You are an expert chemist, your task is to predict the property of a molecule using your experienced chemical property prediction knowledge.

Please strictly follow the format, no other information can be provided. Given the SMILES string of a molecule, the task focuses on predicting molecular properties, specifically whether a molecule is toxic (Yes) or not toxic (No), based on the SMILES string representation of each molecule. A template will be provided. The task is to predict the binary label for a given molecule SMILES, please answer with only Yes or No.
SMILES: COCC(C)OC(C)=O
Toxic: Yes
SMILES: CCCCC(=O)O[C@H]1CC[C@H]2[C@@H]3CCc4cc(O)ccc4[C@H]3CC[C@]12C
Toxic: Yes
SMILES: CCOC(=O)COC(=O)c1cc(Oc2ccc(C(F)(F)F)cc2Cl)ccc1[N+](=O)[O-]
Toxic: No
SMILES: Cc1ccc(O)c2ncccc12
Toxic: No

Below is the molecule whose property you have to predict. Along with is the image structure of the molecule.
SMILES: CCCCCSCCCCC
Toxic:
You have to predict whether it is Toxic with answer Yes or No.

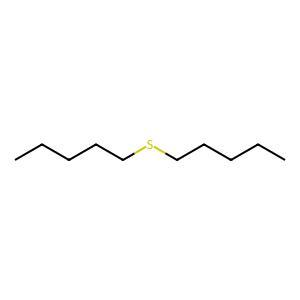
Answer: No